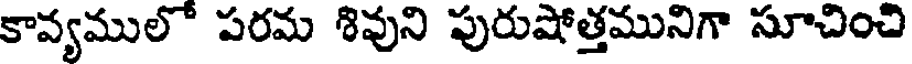
కావ్యములో పరమ శివుని పురుషోత్తమునిగా సూచించి